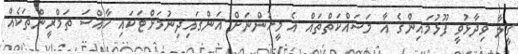
ގީލާ ވިދާޅުވީ ފޫޅުމައިންގެ އާ މަސައްކަތްތައް އެ މީހުންނަށް އަންގައިދިނުމަށްޓަކައި ހާއްސަ ތަމްރީންތަކެއް